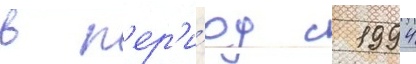
в п'ер'и́од с 1994